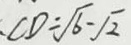
. C D = \sqrt { 6 } - \sqrt { 2 }